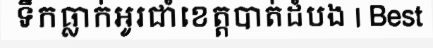
ទឹកធ្លាក់អូរជាំខេត្តបាត់ដំបង | Best